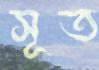
সূত